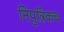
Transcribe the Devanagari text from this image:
निपुत्रिकच